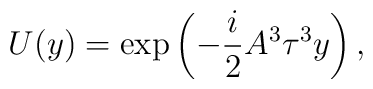
U(y) = \exp \left(- \frac{i}{2} A^{3} \tau^{3} y\right),